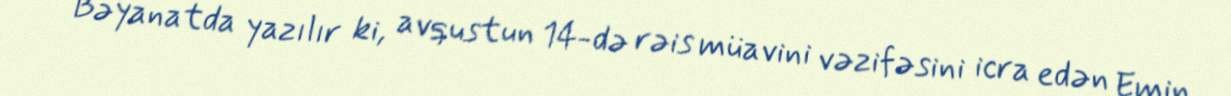
Bəyanatda yazılır ki, avqustun 14-də rəis müavini vəzifəsini icra edən Emin